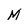
Character: M